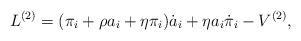
LaTeX: \begin{align*}L^{(2)} = (\pi_i + \rho a_i + \eta \pi_i)\dot{a}_i + \eta a_i \dot{\pi}_i - V^{(2)},\end{align*}